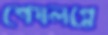
শেষলগ্নে